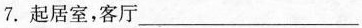
7.起居室，客厅___